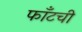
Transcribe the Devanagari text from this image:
फाँटची